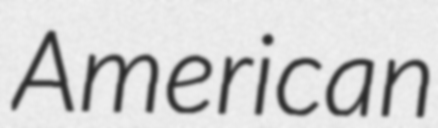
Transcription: American